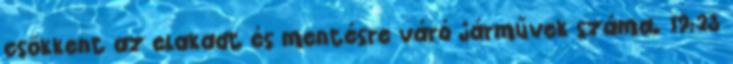
csökkent az elakadt és mentésre váró járművek száma. 19:23